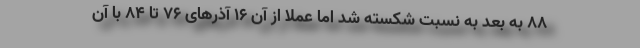
88 به بعد به نسبت شکسته شد اما عملا از آن 16 آذرهای 76 تا 84 با آن